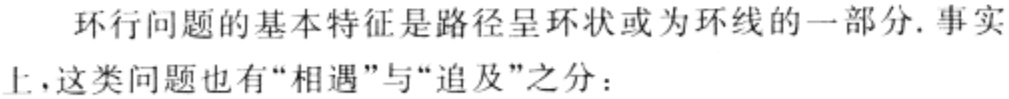
环行问题的基本特征是路径呈环状或为环线的一部分. 事实上,这类问题也有“相遇”与“追及”之分：